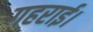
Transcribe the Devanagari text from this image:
गहराई।